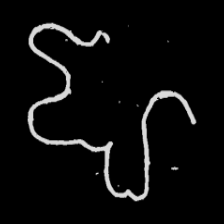
Pyu character \u2014 Myanmar letter: ဈ (romanized: jha)